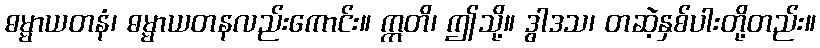
ဓမ္မာယတနံ၊ ဓမ္မာယတနလည်းကောင်း။ ဣတိ၊ ဤသို့။ ဒွါဒသ၊ တဆဲ့နှစ်ပါးတို့တည်း။